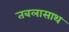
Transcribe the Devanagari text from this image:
तबलासाथ